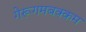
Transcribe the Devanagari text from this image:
गेरूगमबक्कम